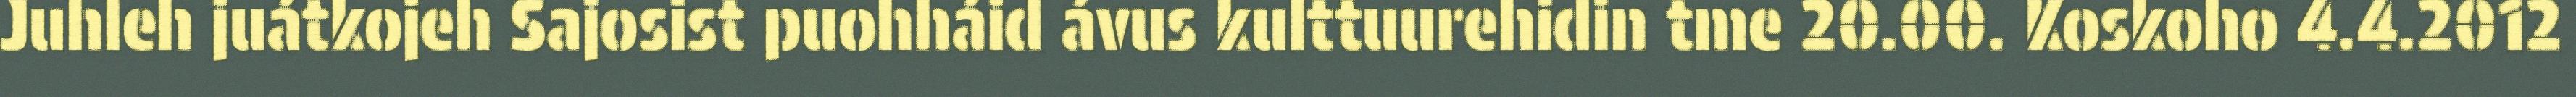
Juhleh juátkojeh Sajosist puohháid ávus kulttuurehidin tme 20.00. Koskoho 4.4.2012